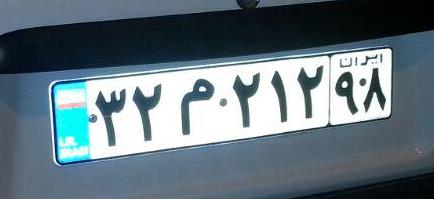
۳۲م۲۱۲۹۸